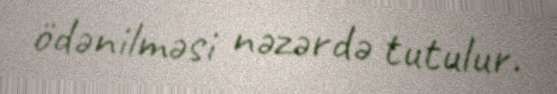
ödənilməsi nəzərdə tutulur.